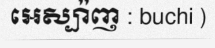
អេស្ប៉ាញ : buchi )